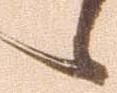
候